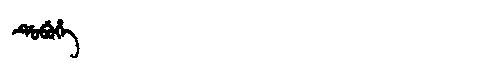
Manchu: ᡩᡠᠪᡠᡥᡝ
Romanization: DUBUHE